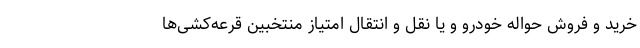
خرید و فروش حواله خودرو و یا نقل و انتقال امتیاز منتخبین قرعه‌کشی‌ها